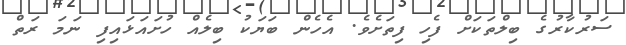
ސަރުކާރުގެ ބިލްތަކަށް ފެހި ފިތަށެވެ. އެހެން ބަޔަކު ބިލެއް ހުށައަޅައިފި ނަމަ ރަތް